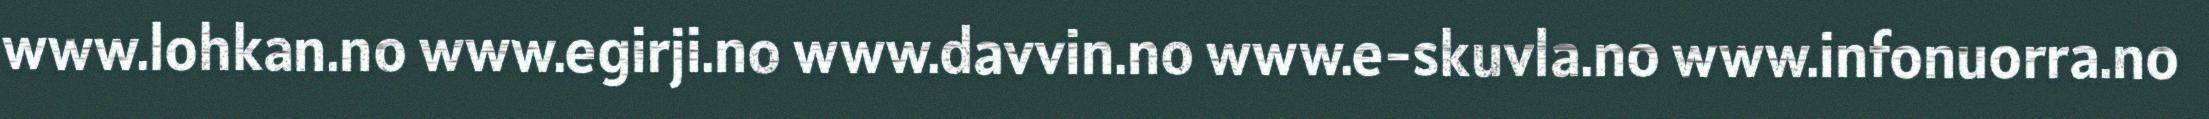
www.lohkan.no www.egirji.no www.davvin.no www.e-skuvla.no www.infonuorra.no